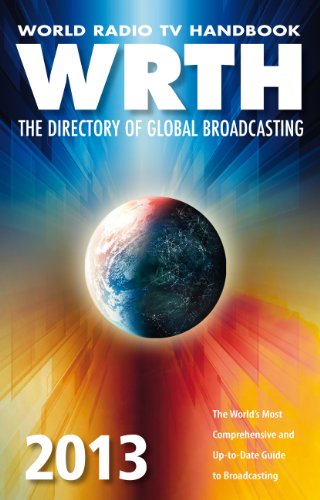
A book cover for World Radio TV Handbook 2013: The Directory of Global Broadcasting; Humor & Entertainment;